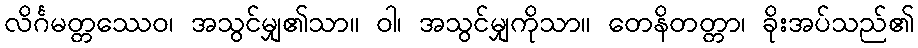
လိင်္ဂမတ္တဿေဝ၊ အသွင်မျှ၏သာ။ ဝါ၊ အသွင်မျှကိုသာ။ တေနိတတ္တာ၊ ခိုးအပ်သည်၏